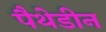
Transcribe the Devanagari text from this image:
पैथेडीन